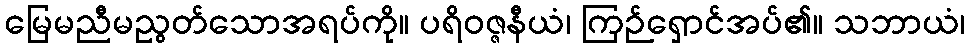
မြေမညီမညွတ်သောအရပ်ကို။ ပရိဝဇ္ဇနီယံ၊ ကြဉ်ရှောင်အပ်၏။ သဘာယံ၊